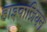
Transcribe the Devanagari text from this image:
हाइवाज़ियन